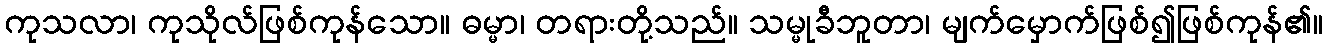
ကုသလာ၊ ကုသိုလ်ဖြစ်ကုန်သော။ ဓမ္မာ၊ တရားတို့သည်။ သမ္မုခီဘူတာ၊ မျက်မှောက်ဖြစ်၍ဖြစ်ကုန်၏။